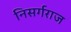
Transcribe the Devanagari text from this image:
निसर्गराज